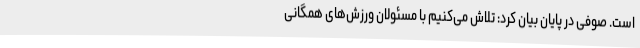
است. صوفی در پایان بیان کرد: تلاش می‌کنیم با مسئولان ورزش‌های همگانی